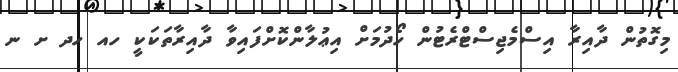
މިގޮތުން ދާއިރާ އިސްމެޖިސްޓްރެޓުން ހޯދުމަށް އިޢުލާންކޮށްފައިވާ ދާއިރާތަކަކީ ހއ ހދ ށ ނ